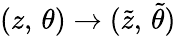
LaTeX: (z,\, \theta)\rightarrow({\tilde{z}},\, {\tilde{\theta}})